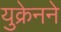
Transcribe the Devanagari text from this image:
युक्रेनने